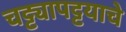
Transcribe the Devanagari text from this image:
चट्ट्यापट्टयाचे